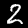
Label: 2